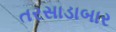
તરસાડાબાર